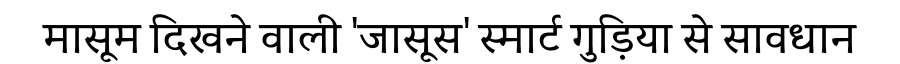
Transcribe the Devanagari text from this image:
मासूम दिखने वाली 'जासूस' स्मार्ट गुड़िया से सावधान